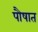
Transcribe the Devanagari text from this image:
पौषात